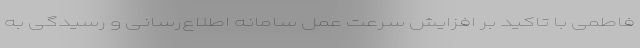
فاطمی با تاکید بر افزایش سرعت عمل سامانه اطلاع‌رسانی و رسیدگی به